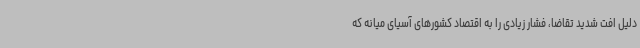
دلیل افت شدید تقاضا، فشار زیادی را به اقتصاد کشورهای آسیای میانه که